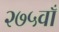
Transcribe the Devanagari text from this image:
२७५वाँ